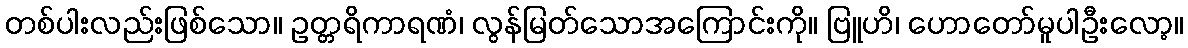
တစ်ပါးလည်းဖြစ်သော။ ဥတ္တရိကာရဏံ၊ လွန်မြတ်သောအကြောင်းကို။ ဗြူဟိ၊ ဟောတော်မူပါဦးလော့။